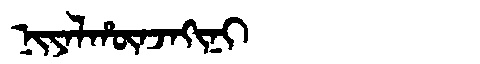
Manchu: ᠨᡳᠶᠠᠯᡥᡡᠨᠵᠠᡴᡳᠨᡳ
Romanization: NIYALHŪNJAKINI